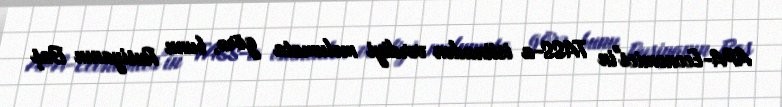
APA-Economics"in TASS-a istinadən verdiyi məlumata görə, bunu Rusiyanın Baş